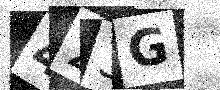
Text: 423G